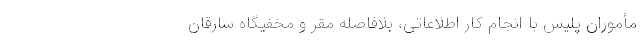
مأموران پلیس با انجام کار اطلاعاتی، بلافاصله مقر و مخفیگاه سارقان